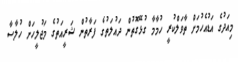
މިއަދުގެ އަޑުއެހުމަށް ތާވަލްކުރީ ހުމާމާ ގުޅޭގޮތުން ދައުލަތުގެ ފަރާތުން ޝަރީއަތުގެ މަޖުލީހަށް ހުލާސާ